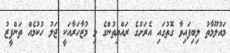
މައުލޫމާތު ލިބިފައިވާ ގޮތުގައި އެރަށުގެ ރައްޔިތުންގެ މި މުޒާހަރާއަކީ ޖަލު ހުކުމެއް ތަންފީޒު